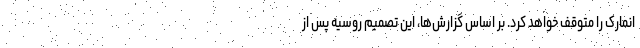
انمارک را متوقف خواهد کرد. بر اساس گزارش‌ها، این تصمیم روسیه پس از